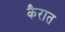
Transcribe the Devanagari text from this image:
कैरात